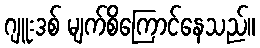
ဂျူးဒစ် မျက်စိကြောင်နေသည်။